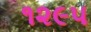
૧૨૯૫